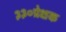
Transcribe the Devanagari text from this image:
३३०प्रेक्षक